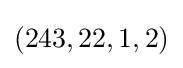
(243,22,1,2)